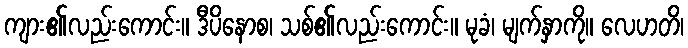
ကျား၏လည်းကောင်း။ ဒီပိနောစ၊ သစ်၏လည်းကောင်း။ မုခံ၊ မျက်နှာကို။ လေဟတိ၊